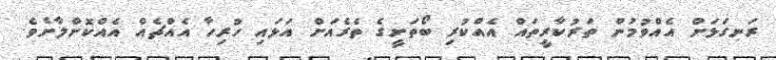
ރަނގަޅަށް އެއްވުމުން ތަރުކާރީތައް އެއްކުރި ބޯތަށީގެ ތެރެއަށް އަޅައި ހުރިހާ އެއްޗެއް އެއްކޮށްލާށެވެ.